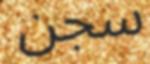
سجن